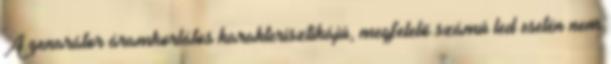
A genarátor áramkorlátos karakterisztikájú, megfelelö számú led esetén nem